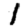
Digit: 1